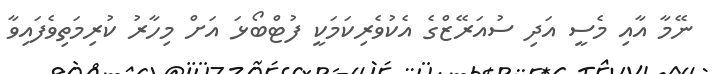
ނޭމާ އާއި މެސީ އަދި ސުއަރޭޒްގެ އެކުވެރިކަމަކީ ފުޓްބޯޅަ އަށް މިހާރު ކުރިމަތިވެފައިވާ